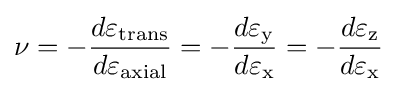
\nu =-{\frac {d\varepsilon _{\mathrm {trans} }}{d\varepsilon _{\mathrm {axial} }}}=-{\frac {d\varepsilon _{\mathrm {y} }}{d\varepsilon _{\mathrm {x} }}}=-{\frac {d\varepsilon _{\mathrm {z} }}{d\varepsilon _{\mathrm {x} }}}